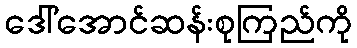
ဒေါ်အောင်ဆန်းစုကြည်ကို